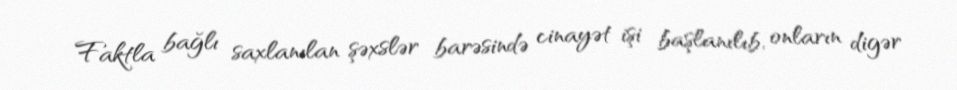
Faktla bağlı saxlanılan şəxslər barəsində cinayət işi başlanılıb, onların digər